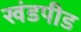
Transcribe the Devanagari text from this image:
खंडपीड